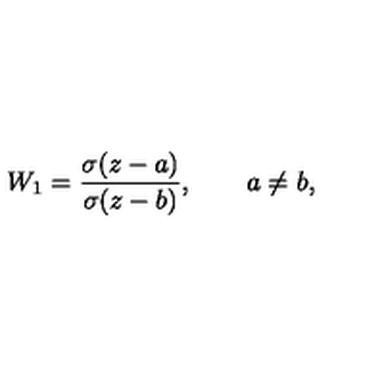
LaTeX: W _ { 1 } = \frac { \sigma ( z - a ) } { \sigma ( z - b ) } , \qquad a \ne b ,